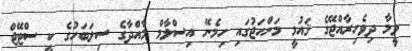
ވީމާ ދިވެހިރާއްޖޭގެ ޤައުމީ މަންހަޖުގައި ހިމެނޭ އިސްލާމް މާއްދާގެ ސިލަބަހުގެ ކީ ސްޓޭޖް